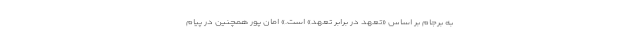
به برجام بر اساس «تعهد در برابر تعهد» است.» امان پور همچنین در پیام